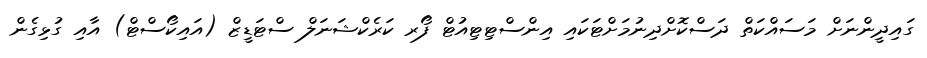
ގައިދީންނަށް މަސައްކަތް ދަސްކޮށްދިނުމަށްޓަކައި އިންސްޓިޓިއުޓް ފޯރ ކަރެކްޝަނަލް ސްޓަޑީޒް (އައިކޯސްޓް) އާއި ގުޅިގެން